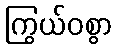
ကြွယ်ဝစွာ